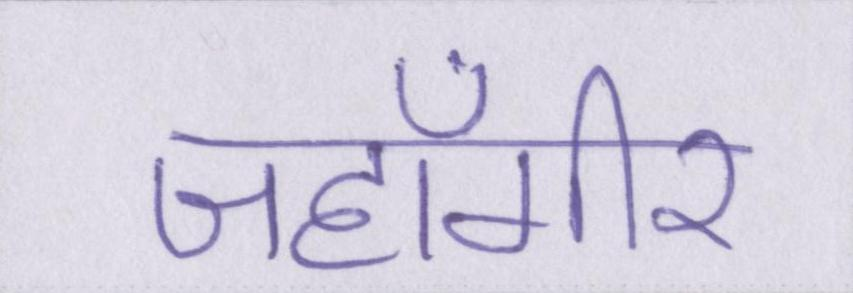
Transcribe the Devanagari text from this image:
जहाँगीर